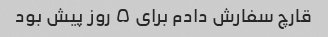
قارچ سفارش دادم برای ۵ روز پیش بود